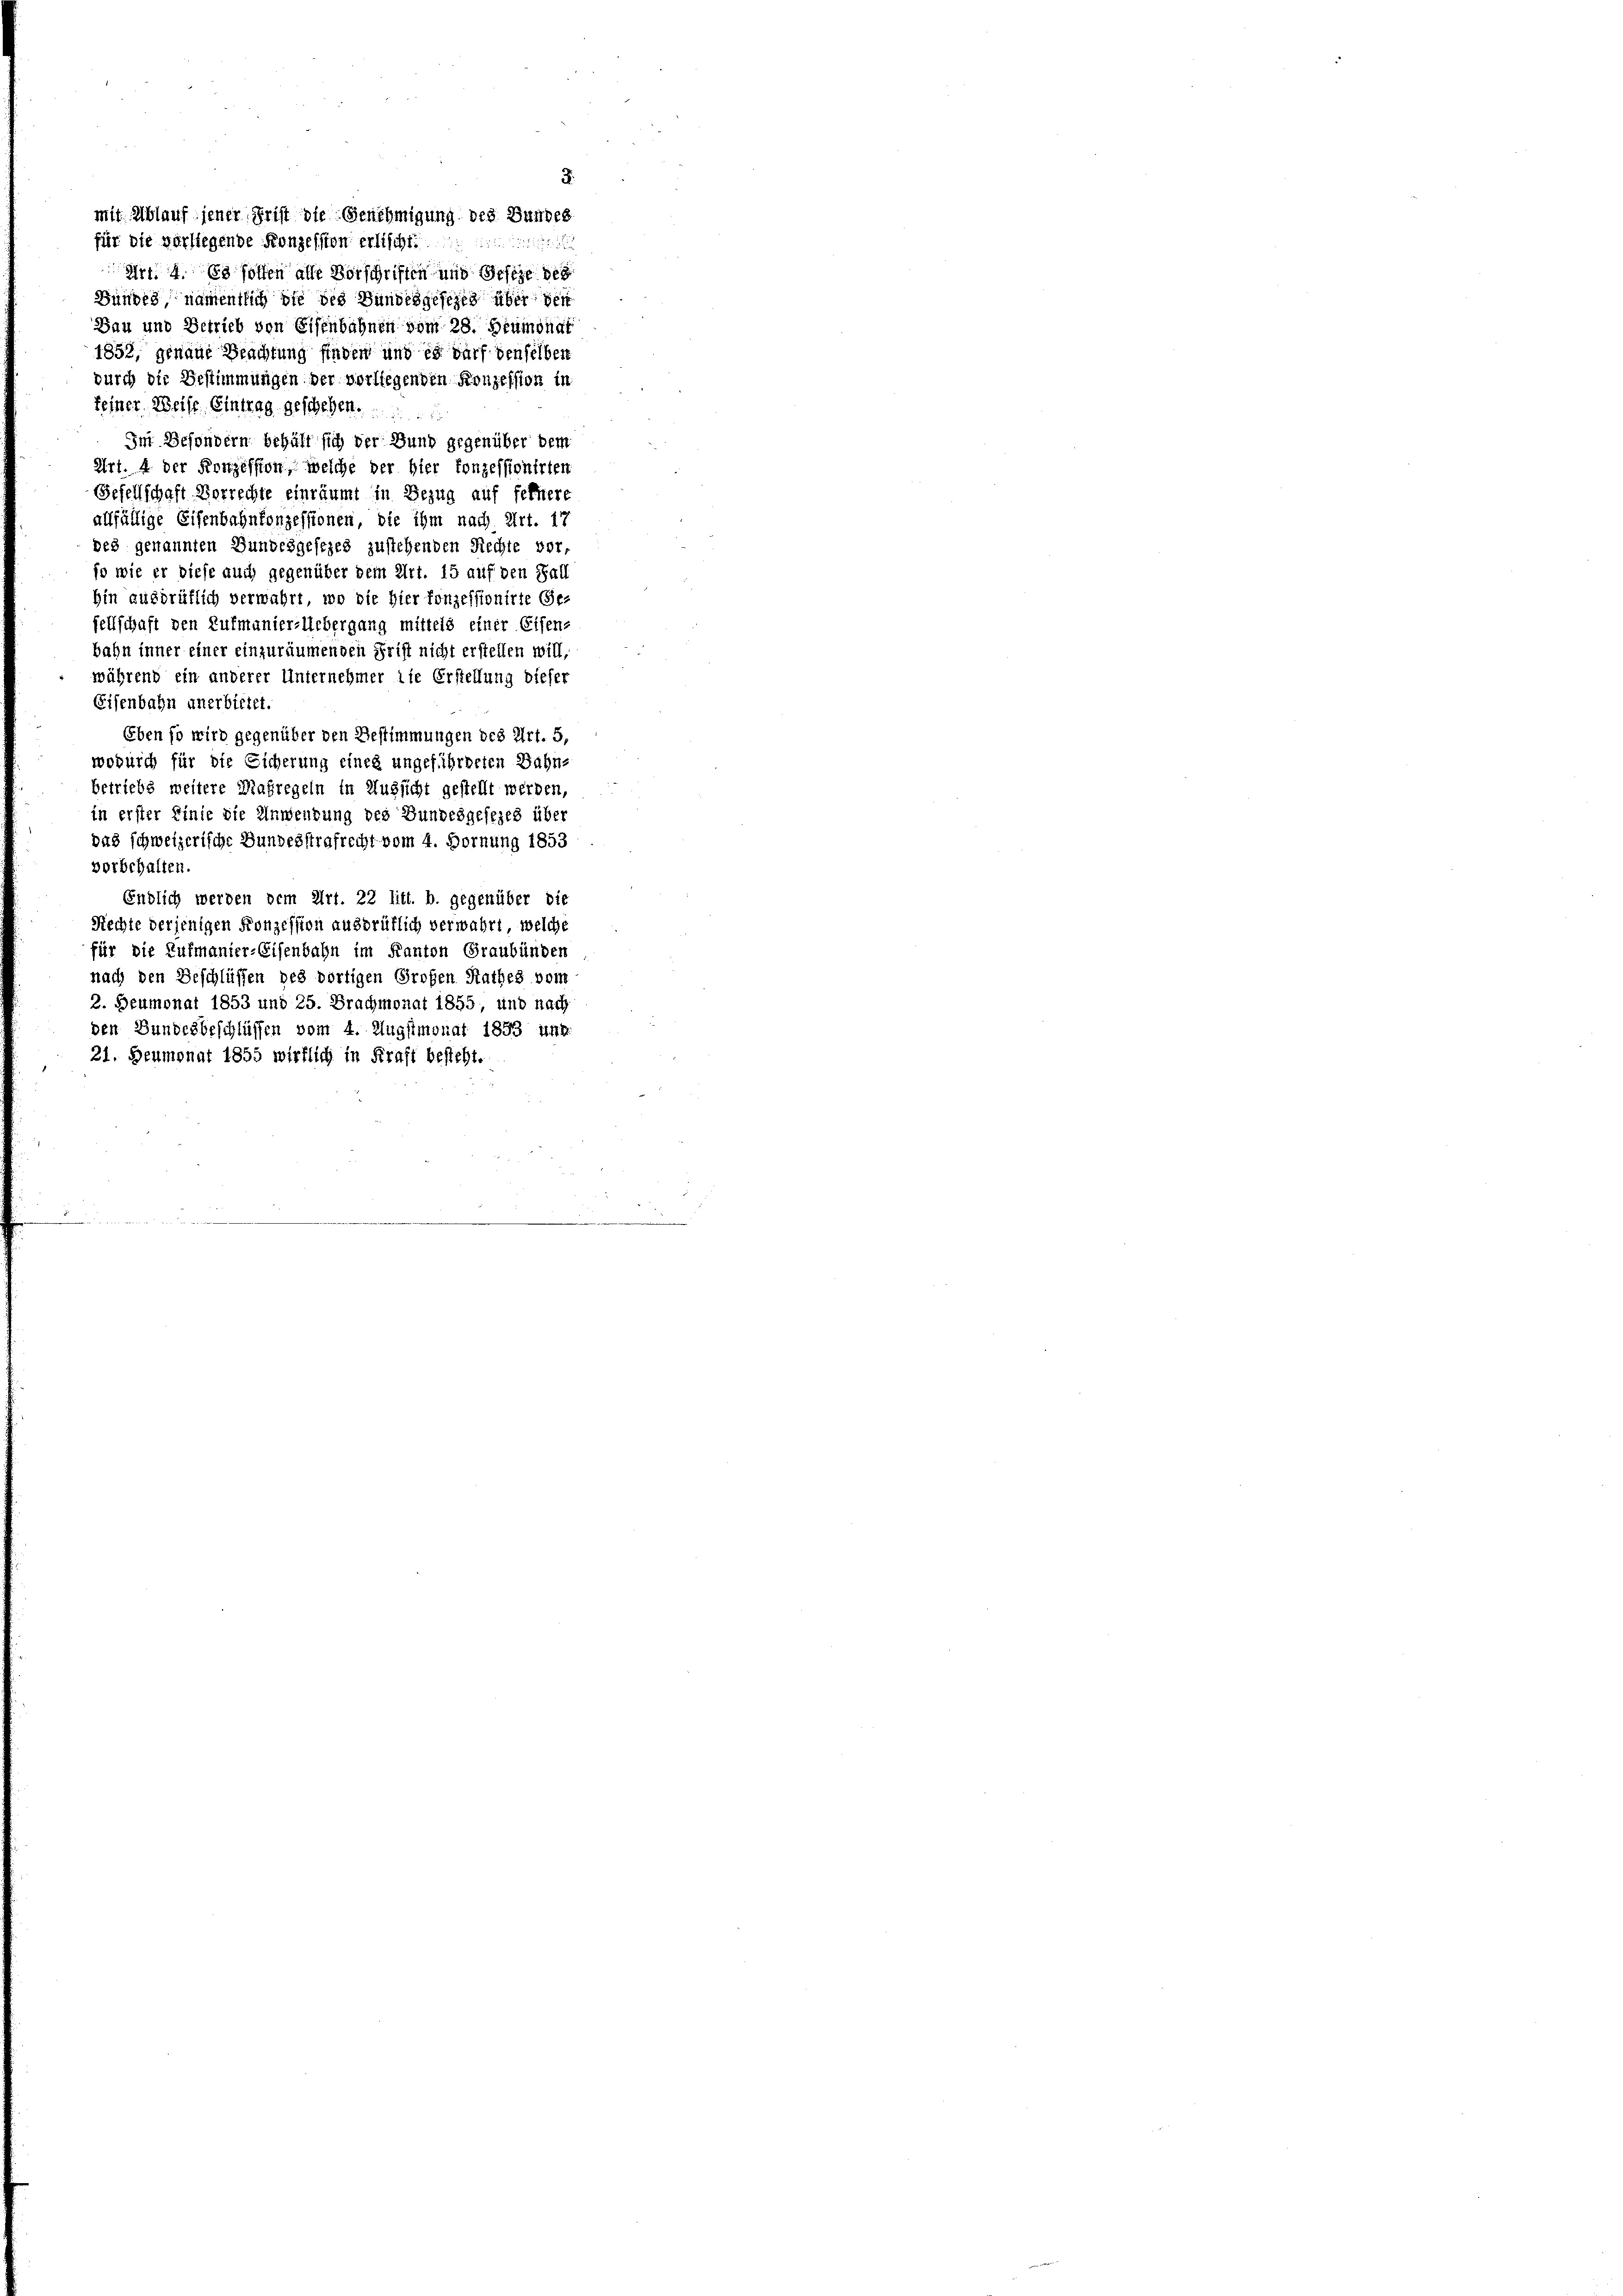
3.

mit Ablauf jener Frist die Genehmigung des Bundes
für die vorliegende Konzession erlischt.
Art. 4. Es sollen alle Vorschriften und Geseze des
Bundes namentlich die des Bundesgesezes über den
Bau und Betrieb von Eisenbahnen vom 28. Heumonat
1852, genaue Beachtung finden und es darf denselben
durch die Bestimmungen der vorliegenden Konzession in
feiner Weise. Eintrag geschehen.
Im Besondern behält sich der Bund gegenüber bei
Art. 4 der Konzession, welche der hier konzessionirten
Gesellschaft Vorrechte einräumt in Bezug auf fernere
allfällige Eisenbahnkonzessionen, die ihm nach Art. 17
des genannten Bundesgesezes zustehenden Rechte vor,
fo wie er diese auch gegenüber dem Art. 15 auf den Fall
hin ausdrüklich verwahrt, wo die hier fonzessionirte Ge-
sellschaft den Aufmanier-Uebergang mittels einer Eisen-
bahn inner einer einzuräumenden Frist nicht erstellen will.
während ein anderer Unternehmer die Erstellung dieser
Eisenbahn anerbietet.
Eben so wird gegenüber den Bestimmungen des Art. 5,
wodurch für die Sicherung eines ungeführbeten Bahn-
betriebs weitere Maßregeln in Aussicht gestellt werden,
in erster Linie die Anwendung des Bundesgesezes über
das schweizerische Bundesstrafrecht vom 4. Fornung 1853
vorbehalten.
Endlich werden dem Art. 22 litt. b. gegenüber die
Rechte derjenigen Konzession ausdrüklich verwahrt, welche
für die Aufmanier-Eisenbahn im Kanton Graubünden
nach den Beschlüssen des dortigen Großen Rathes vom
2. Beumonat 1853 und 25. Brachmonat 1855, und nach
den Bundesbeschlüssen vom 4. Augstmonat 1853 unk
21. Heumonat 1855 wirklich in Kraft besteht.